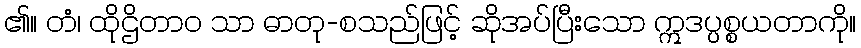
၏။ တံ၊ ထိုဌိတာဝ သာ ဓာတု-စသည်ဖြင့် ဆိုအပ်ပြီးသော ဣဒပ္ပစ္စယတာကို။